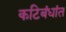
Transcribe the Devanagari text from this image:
कटिबंधांत